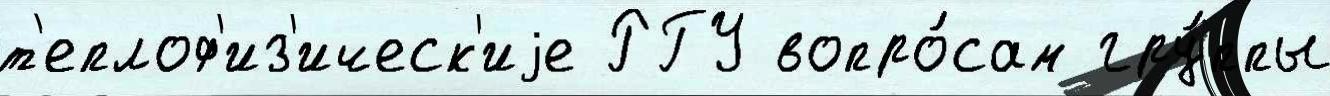
т'еплоф'из'ическ'иjе РГУ вопро́сам гру́ппы